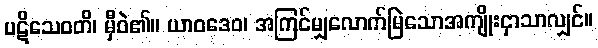
ပဋိသေဝတိ၊ မှီဝဲ၏။ ယာဝဒေဝ၊ အကြင်မျှလောက်မြဲသောအကျိုးငှာသာလျှင်။